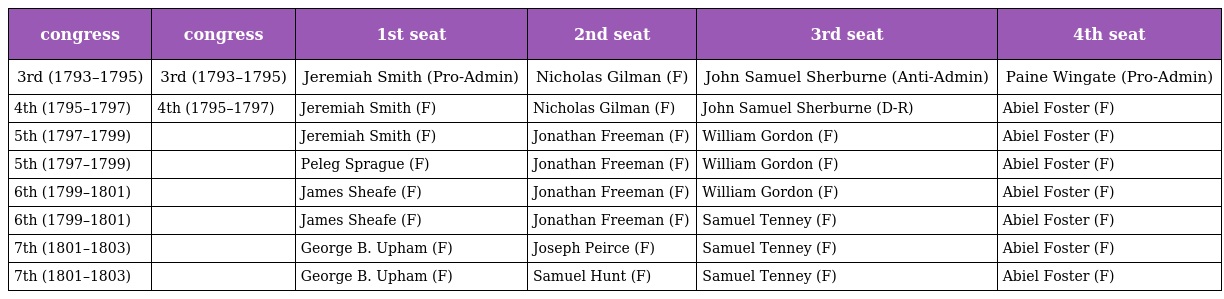
| congress | congress | 1st seat | 2nd seat | 3rd seat | 4th seat |
 | --- | --- | --- | --- | --- | --- |
 | 3rd (1793–1795) | 3rd (1793–1795) | Jeremiah Smith (Pro-Admin) | Nicholas Gilman (F) | John Samuel Sherburne (Anti-Admin) | Paine Wingate (Pro-Admin) |
 | 4th (1795–1797) | 4th (1795–1797) | Jeremiah Smith (F) | Nicholas Gilman (F) | John Samuel Sherburne (D-R) | Abiel Foster (F) |
 | 5th (1797–1799) |  | Jeremiah Smith (F) | Jonathan Freeman (F) | William Gordon (F) | Abiel Foster (F) |
 | 5th (1797–1799) |  | Peleg Sprague (F) | Jonathan Freeman (F) | William Gordon (F) | Abiel Foster (F) |
 | 6th (1799–1801) |  | James Sheafe (F) | Jonathan Freeman (F) | William Gordon (F) | Abiel Foster (F) |
 | 6th (1799–1801) |  | James Sheafe (F) | Jonathan Freeman (F) | Samuel Tenney (F) | Abiel Foster (F) |
 | 7th (1801–1803) |  | George B. Upham (F) | Joseph Peirce (F) | Samuel Tenney (F) | Abiel Foster (F) |
 | 7th (1801–1803) |  | George B. Upham (F) | Samuel Hunt (F) | Samuel Tenney (F) | Abiel Foster (F) |